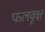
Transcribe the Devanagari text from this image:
फलवृक्ष